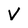
Character: V